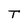
Character: T